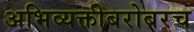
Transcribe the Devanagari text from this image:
अभिव्यक्तीबरोबरच